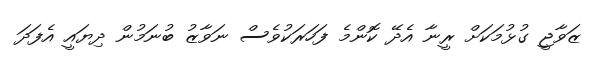
ޒަވާޖީ ގުޅުމަކަށް ރީނާ އެދޭ ކޮންމެ ފަހަރަކުވެސް ނަވާޒު ބުނަމުން ދިޔައީ އެފަދަ